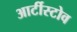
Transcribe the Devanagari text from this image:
आर्टीस्टोव